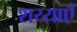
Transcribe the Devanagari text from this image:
शय्याएँ